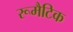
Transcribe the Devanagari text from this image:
रूमैटिक